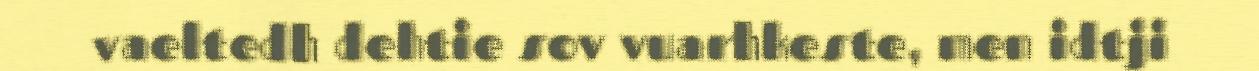
vaeltedh dehtie sov vuarhkeste, men idtji